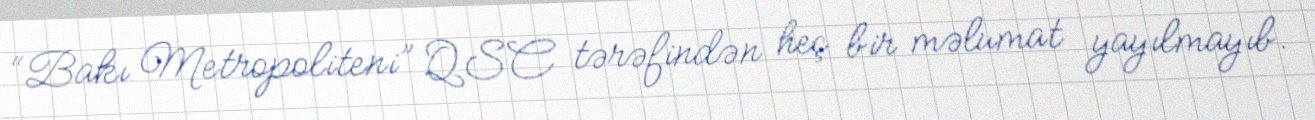
“Bakı Metropoliteni” QSC tərəfindən heç bir məlumat yayılmayıb.